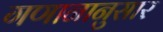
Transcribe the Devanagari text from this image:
गणानानुसार